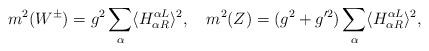
LaTeX: \begin{align*}m^2(W^\pm) = g^2 \sum_\alpha \langle H_{\alpha R}^{\alpha L}\rangle^2,\quad m^2(Z) = (g^2+g'^2)\sum_\alpha\langle H_{\alpha R}^{\alpha L}\rangle^2,\quad\end{align*}